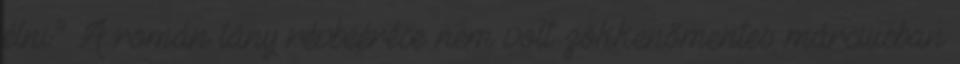
élni.” A román lány révbeérése nem volt zökkenőmentes: márciusban